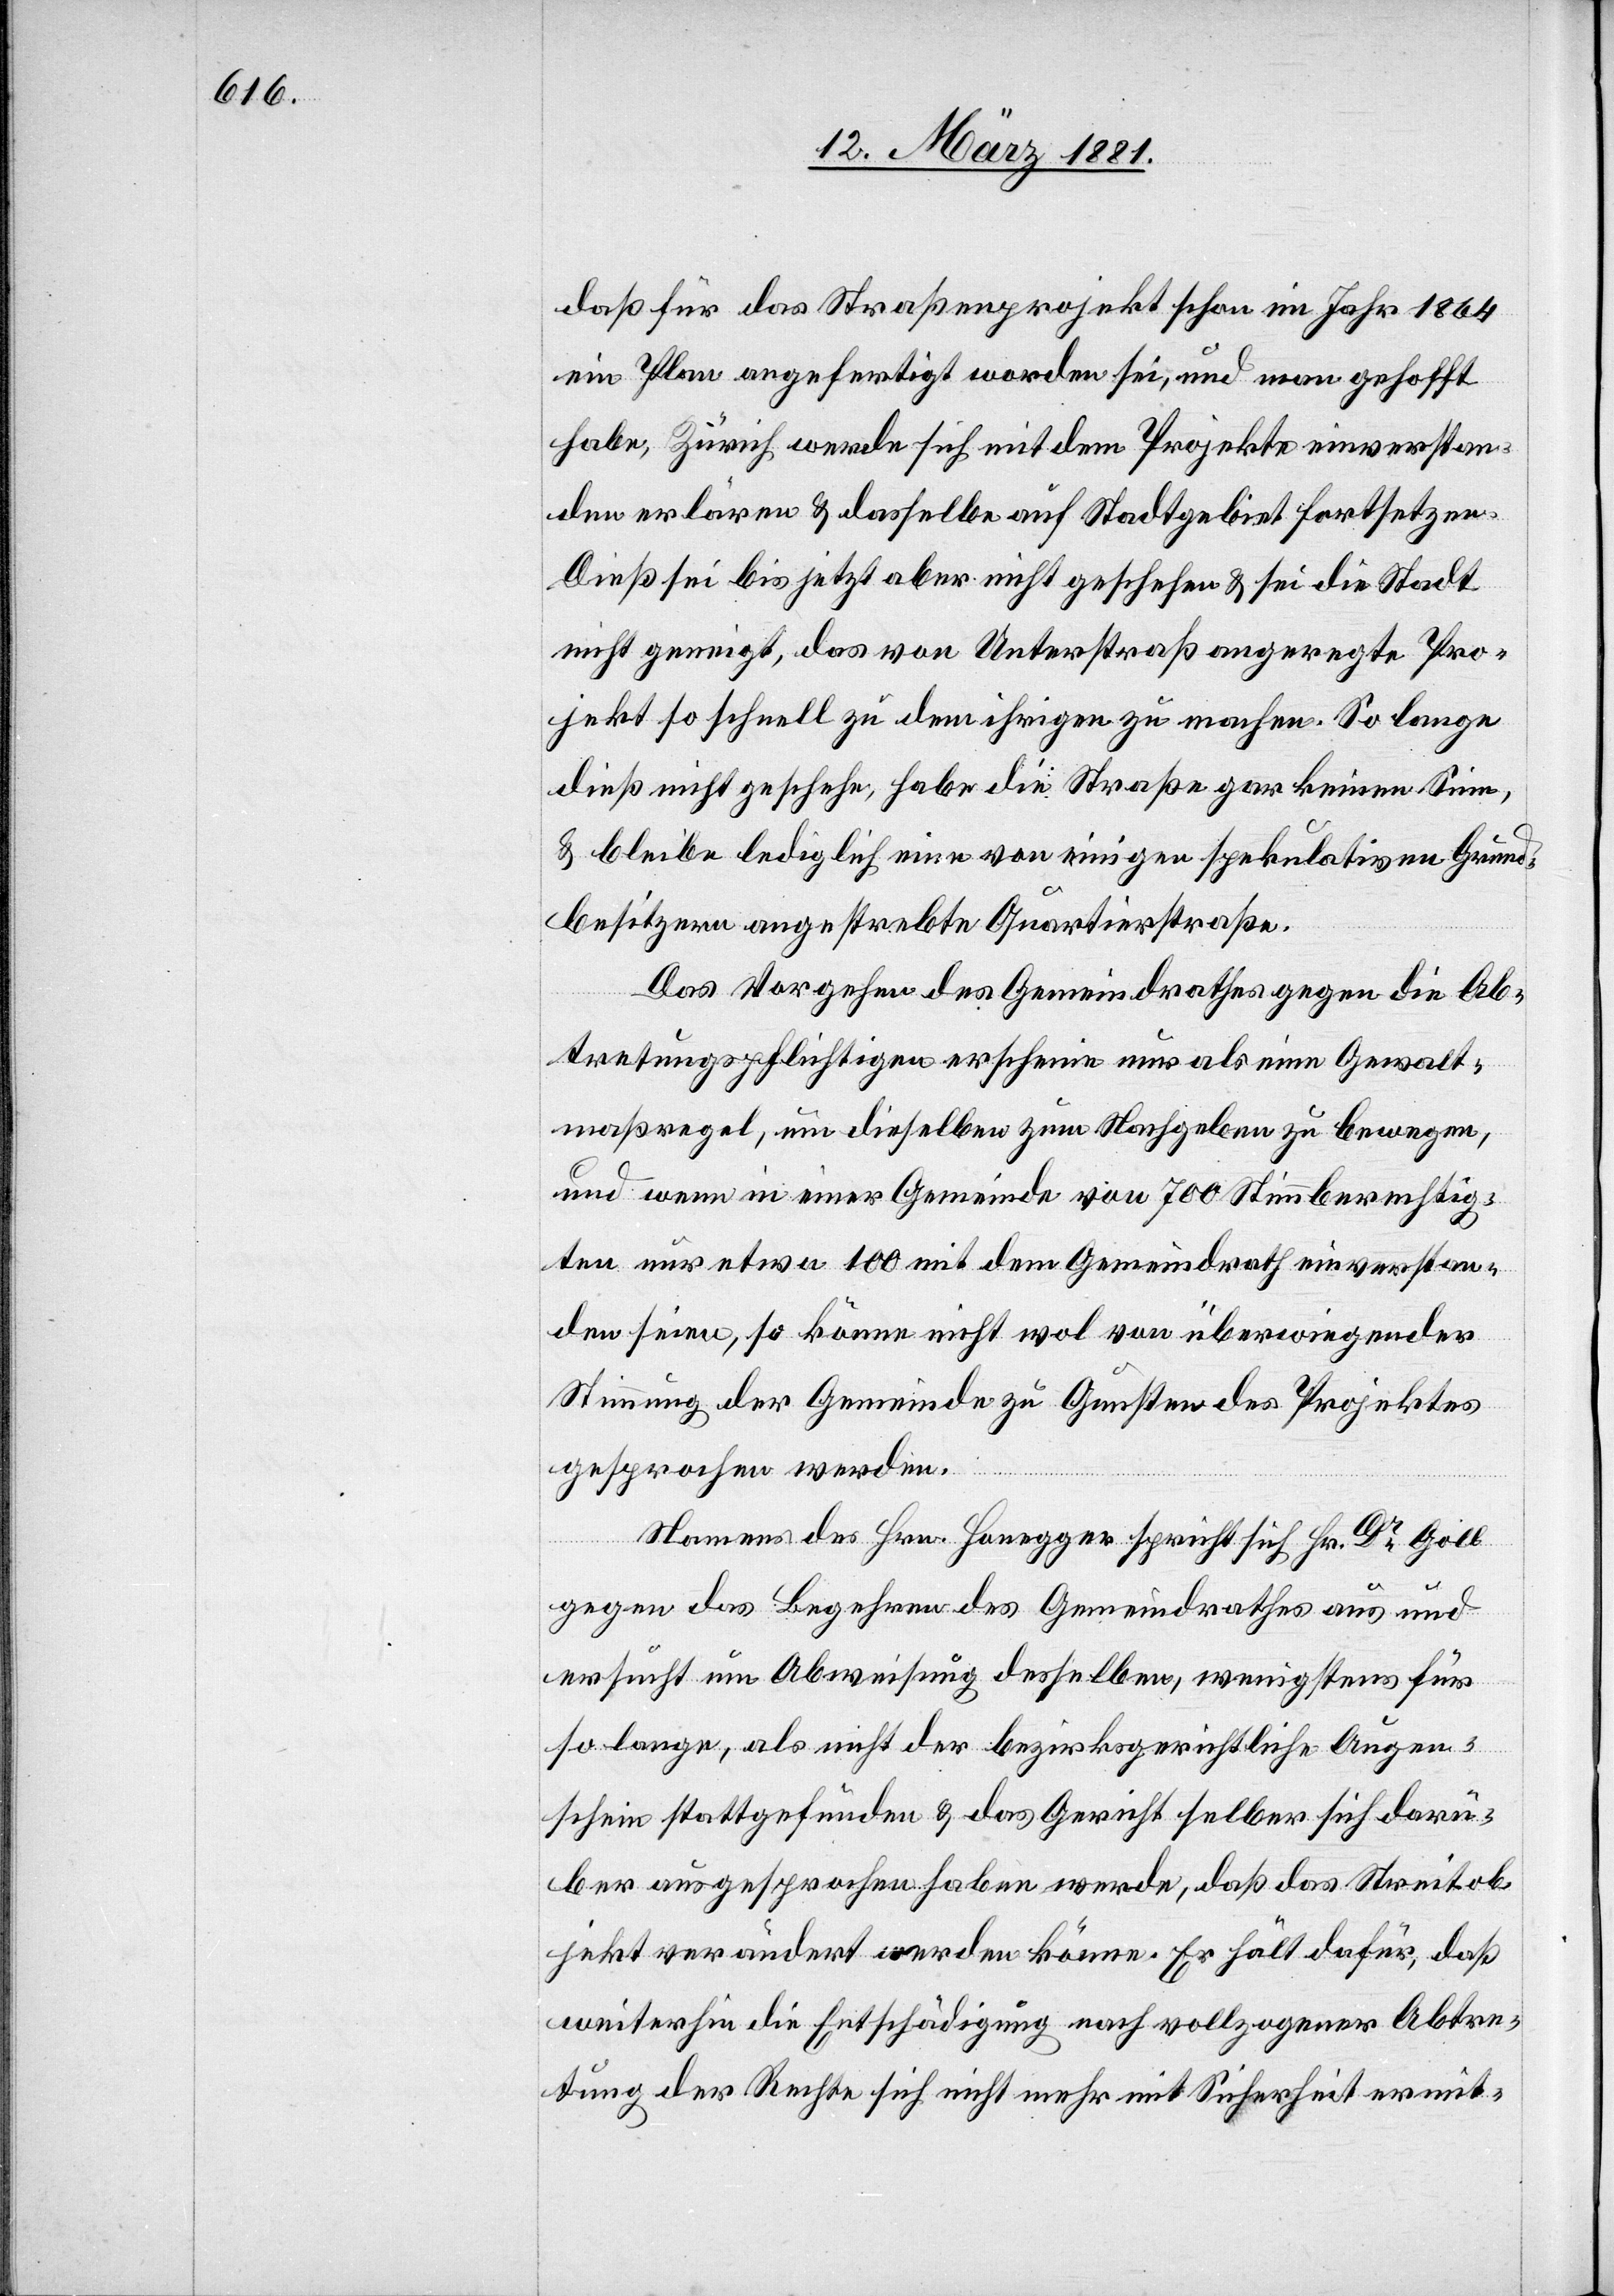
daß für das Straßenprojekt schon im Jahr 1864
ein Plan angefertigt worden sei, und man gehofft
habe, Zürich werde sich mit dem Projekte einverstan¬
den erklären & dasselbe auf Stadtgebiet fortsetzen.
Dieß sei bis jetzt aber nicht geschehen & sei die Stadt
nicht genehmigt, das von Unterstraß angeregte Pro¬
jekt so schnell zu dem ihrigen zu machen. So lange
dieß nicht geschehe, habe die Straße gar keinen Sinn,
& bleibe lediglich eine von einigen spekulativen Grund¬
besitzern angestrebte Quartierstraße.
Das Vorgehen des Gemeindrathes gegen die Ab¬
tretungspflichtigen erscheine nur als eine Gewalt¬
maßregel, um dieselben zum Nachgeben zu bewegen,
und wenn in einer Gemeinde von 700 Stimmberechtig¬
ten nur etwa 100 mit dem Gemeindrath einverstan¬
den seien, so könne nicht wol von überwiegender
Stimmung der Gemeinde zu Gunsten des Projektes
gesprochen werden.
Namens des Hrn. Honegger spricht sich Hr. Dr Goll
gegen das Begehren des Gemeindrathes aus und
ersucht um Abweisung desselben, wenigstens für
so lange, als nicht der bezirksgerichtliche Augen¬
schein stattgefunden & das Gericht selber sich darü¬
ber auszusprechen haben werde, daß das Streitob¬
jekt verändert werden könne. Er hält dafür, daß
weiterhin die Entschädigung nach vollzogener Abtre¬
tung der Rechte sich nicht mehr mit Sicherheit ermit-